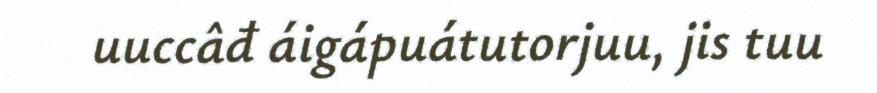
uuccâđ áigápuátutorjuu, jis tuu